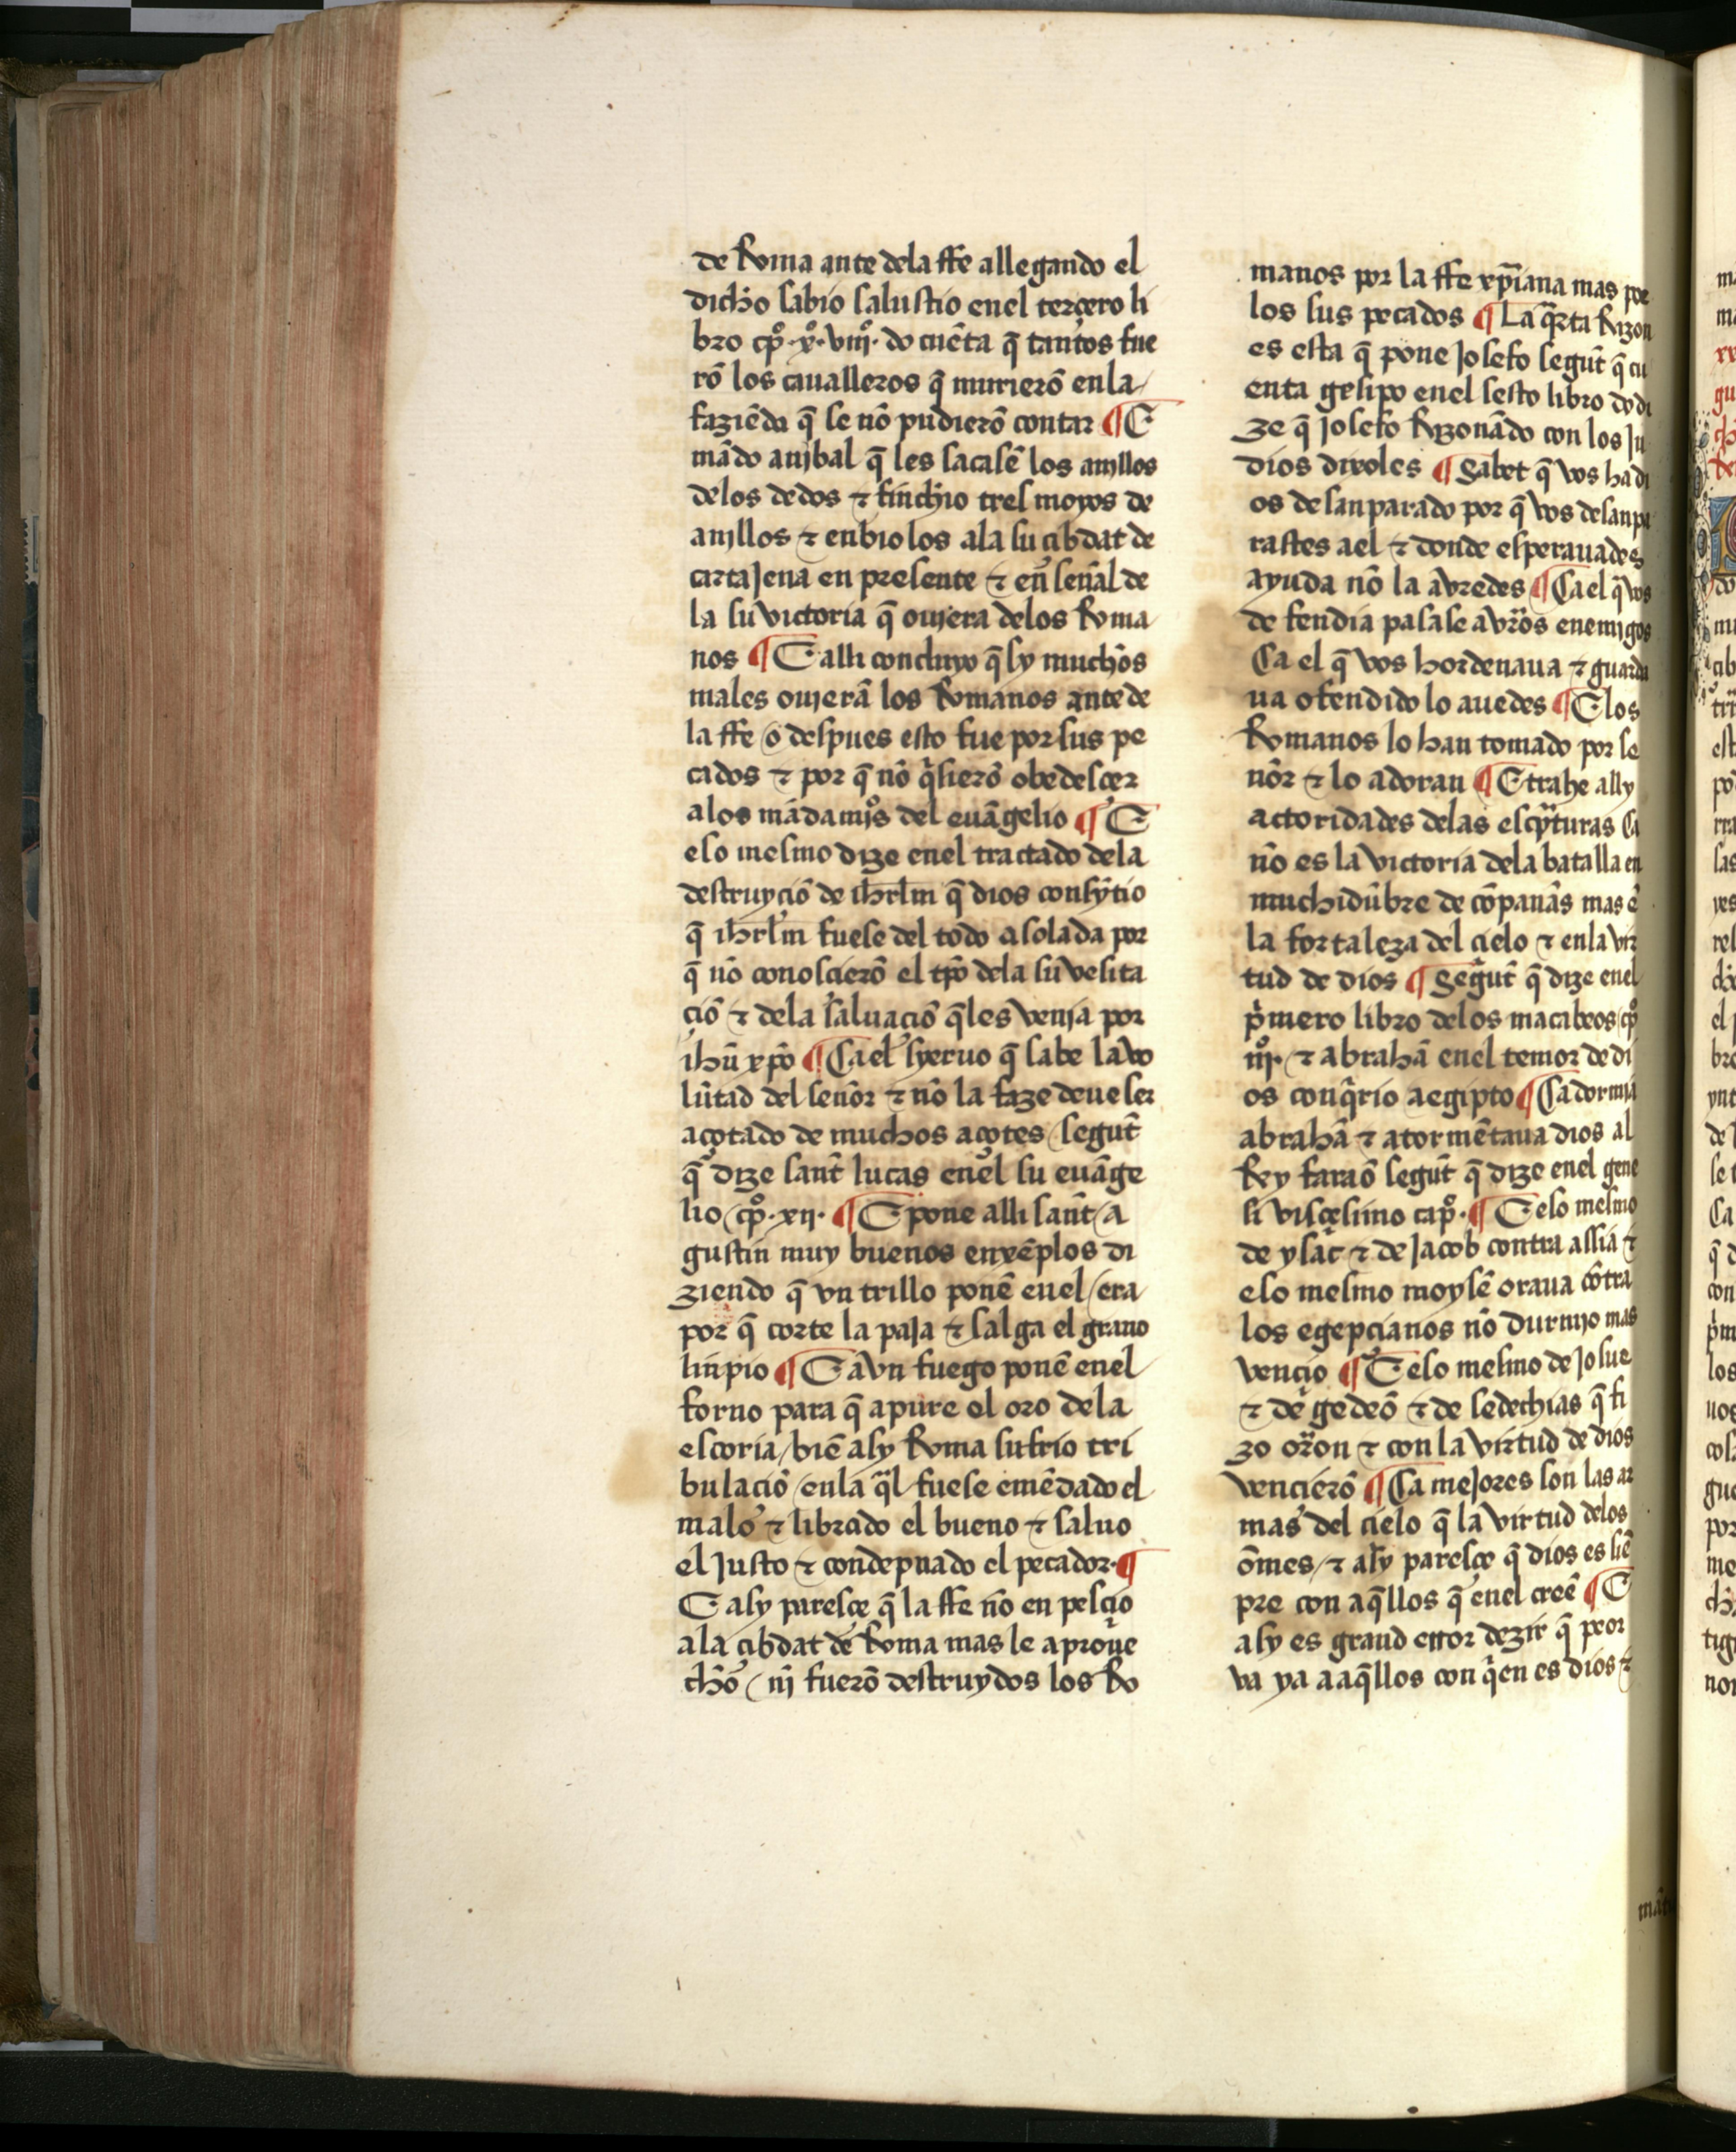
Shelfmark: Salamanca, Biblioteca Histórica USAL, 2709
Century: 15